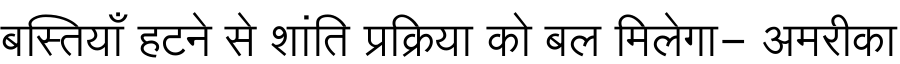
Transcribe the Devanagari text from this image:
बस्तियाँ हटने से शांति प्रक्रिया को बल मिलेगा- अमरीका